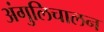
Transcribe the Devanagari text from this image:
अंगुलिचालन